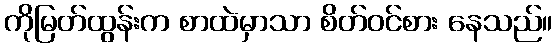
ကိုမြတ်ထွန်းက စာထဲမှာသာ စိတ်ဝင်စား နေသည်။